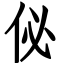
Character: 佖